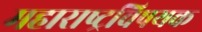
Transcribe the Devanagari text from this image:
महाराष्‍ट्रविषयक